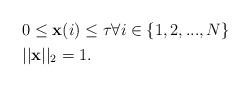
LaTeX: \begin{align*}\begin{aligned}& 0 \leq \mathbf{x}(i) \leq \tau \forall i \in \{1, 2, ..., N\} \\& ||\mathbf{x}||_2 = 1.\end{aligned}\end{align*}